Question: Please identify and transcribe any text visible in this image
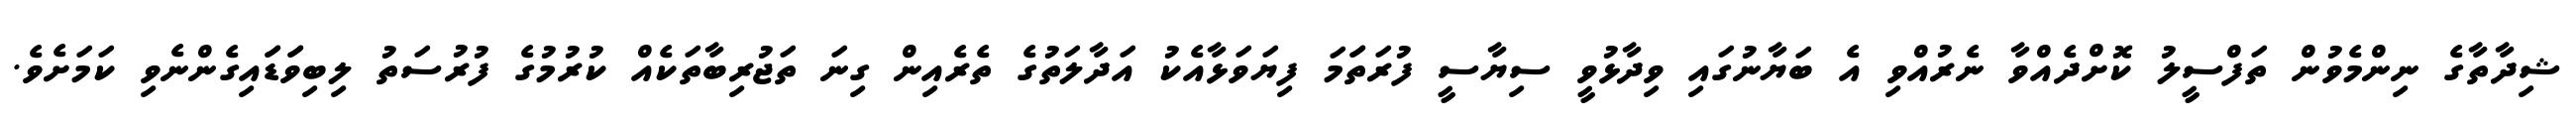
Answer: ޝިދާތާގެ ނިންމެވުން ތަފްސީލު ކޮށްދެއްވާ ނެރުއްވި އެ ބަޔާނުގައި ވިދާޅުވީ ސިޔާސީ ފުރަތަަމަ ފިޔަވަޅާއެކު އަދާލަތުގެ ތެރެއިން ގިނަ ތަޖުރިބާތަކެއް ކުރުމުގެ ފުރުސަތު ލިބިވަަޑަައިގެންނެވި ކަމަށެވެ.